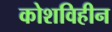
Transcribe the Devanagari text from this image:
कोशविहीन